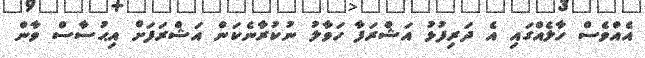
އެއްވެސް ހާލެއްގައި އެ ދަރިފުޅު އަޝްރަފާ ހަވާލު ނުކުރާނެކަން އަޝްރަފަށް އިޙުސާސް ވާން